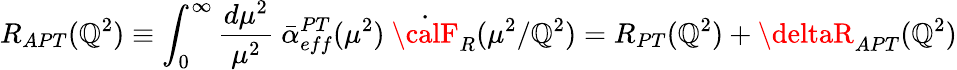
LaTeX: R_{APT}(\mathbb{Q}^{2})\equiv\int_{0}^{\infty}{\frac{{d\mu^{2}}}{{\mu^{2}}}}\ \bar{{\alpha}}_{eff}^{PT}(\mu^{2})\ \dot{{{\calF}}}_{R}(\mu^{2}/\mathbb{Q}^{2})=R_{PT}(\mathbb{Q}^{2})+\deltaR_{APT}(\mathbb{Q}^{2})